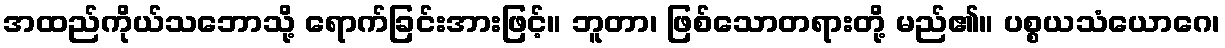
အထည်ကိုယ်သဘောသို့ ရောက်ခြင်းအားဖြင့်။ ဘူတာ၊ ဖြစ်သောတရားတို့ မည်၏။ ပစ္စယသံယောဂေ၊